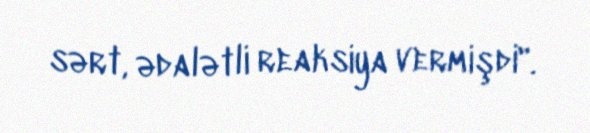
sərt, ədalətli reaksiya vermişdi".